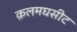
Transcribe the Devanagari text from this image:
क़लमघसीट